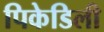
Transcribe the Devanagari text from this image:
पिकेडिली